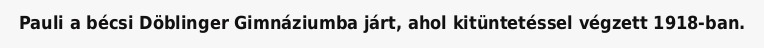
Pauli a bécsi Döblinger Gimnáziumba járt, ahol kitüntetéssel végzett 1918-ban.